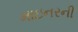
માઇનરની